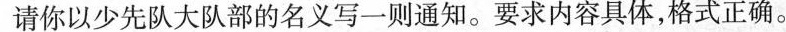
请你以少先队大队部的名义写一则通知。要求内容具体，格式正确。